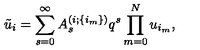
\tilde { u } _ { i } = \sum _ { s = 0 } ^ { \infty } A _ { s } ^ { ( i ; \{ i _ { m } \} ) } q ^ { s } \prod _ { m = 0 } ^ { N } u _ { i _ { m } } ,